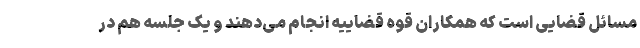
مسائل قضایی است که همکاران قوه قضاییه انجام می‌دهند و یک جلسه هم در